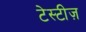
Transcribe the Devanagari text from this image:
टेस्टीज़